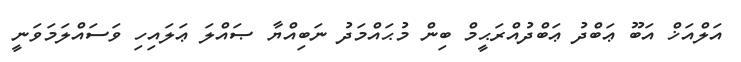
އަލްއަޚް އަބޫ ޢަބްދު ޢަބްދުއްރަޙީމް ބިން މުޙައްމަދު ނަބިއްޔާ ޞައްލަ ޢަލައިހި ވަސައްލަމަވަނީ